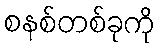
စနစ်တစ်ခုကို